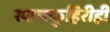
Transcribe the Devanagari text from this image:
खाजकुहिरीही